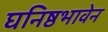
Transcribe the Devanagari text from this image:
घनिष्ठभावेन